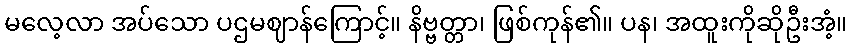
မလေ့လာ အပ်သော ပဌမဈာန်ကြောင့်။ နိဗ္ဗတ္တာ၊ ဖြစ်ကုန်၏။ ပန၊ အထူးကိုဆိုဦးအံ့။